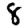
Digit: 8